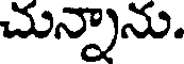
చున్నాను.